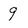
Character: 9